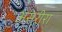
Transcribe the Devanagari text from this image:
असरीरा